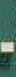
-